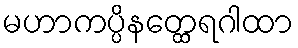
မဟာကပ္ပိနတ္ထေရဂါထာ